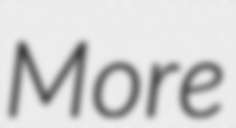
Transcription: More